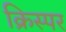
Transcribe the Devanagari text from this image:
क्रिस्पर